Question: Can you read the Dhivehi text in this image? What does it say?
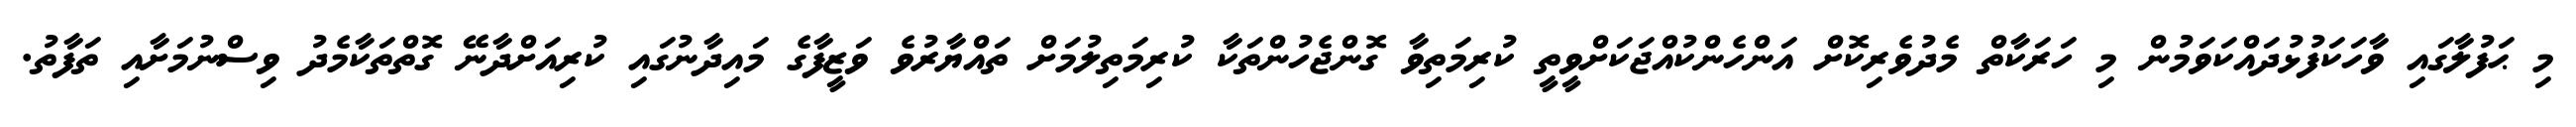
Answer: މި ޙަފުލާގައި ވާހަކަފުޅުދައްކަވަމުން މި ހަރަކާތް މެދުވެރިކޮށް އަންހެންކުއްޖަކަށްވީތީ ކުރިމަތިވާ ގޮންޖެހުންތަކާ ކުރިމަތިލުމަށް ތައްޔާރުވެ ވަޒީފާގެ މައިދާނުގައި ކުރިއަށްދާނޭ ގޮތްތަކާމެދު ވިސްނުމަށާއި ތަފާތު.